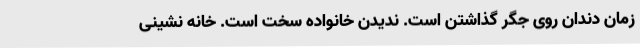
زمان دندان روی جگر گذاشتن است. ندیدن خانواده سخت است. خانه نشینی